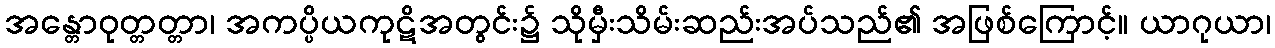
အန္တောဝုတ္တတ္တာ၊ အကပ္ပိယကုဋိအတွင်း၌ သိုမှီးသိမ်းဆည်းအပ်သည်၏ အဖြစ်ကြောင့်။ ယာဂုယာ၊